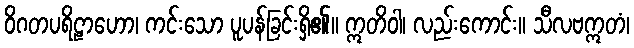
ဝိဂတပရိဠာဟော၊ ကင်းသော ပူပန်ခြင်းရှိ၏။ ဣတိဝါ၊ လည်းကောင်း။ သီလဗဣတံ၊